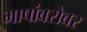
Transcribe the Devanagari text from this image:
भाषांबरोबर